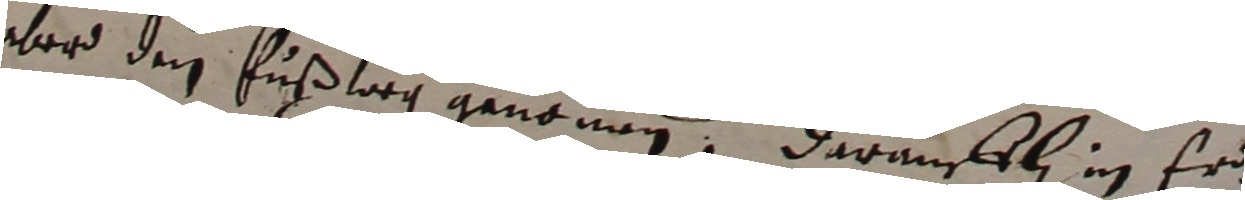
aber den fußlag genomen, daranffl in er